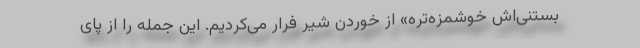
بستنی‌اش خوشمزه‌تره» از خوردن شیر فرار می‌کردیم. این جمله را از پای